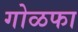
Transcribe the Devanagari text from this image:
गोळफा